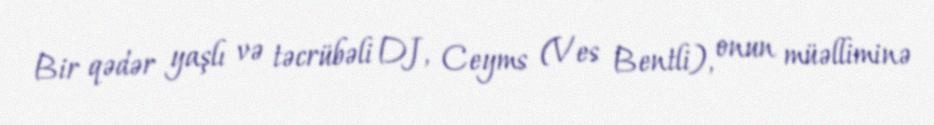
Bir qədər yaşlı və təcrübəli DJ, Ceyms (Ves Bentli), onun müəlliminə